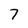
Character: 7